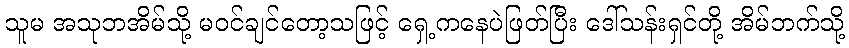
သူမ အသုဘအိမ်သို့ မဝင်ချင်တော့သဖြင့် ရှေ့ကနေပဲဖြတ်ပြီး ဒေါ်သန်းရှင်တို့ အိမ်ဘက်သို့